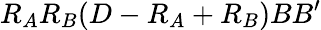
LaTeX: R_{A}R_{B}(D-R_{A}+R_{B})BB^{\prime}